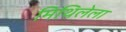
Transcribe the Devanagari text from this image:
मिथिलेला